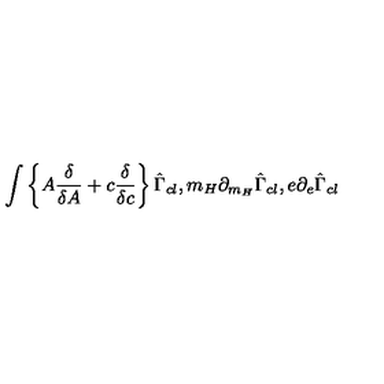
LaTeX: \int \left\{ A \frac { \delta } { \delta A } + c \frac { \delta } { \delta c } \right\} \hat { \Gamma } _ { c l } , m _ { H } \partial _ { m _ { H } } \hat { \Gamma } _ { c l } , e \partial _ { e } \hat { \Gamma } _ { c l }